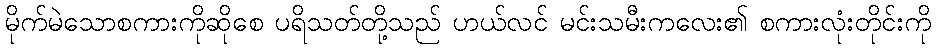
မိုက်မဲသောစကားကိုဆိုစေ ပရိသတ်တို့သည် ဟယ်လင် မင်းသမီးကလေး၏ စကားလုံးတိုင်းကို